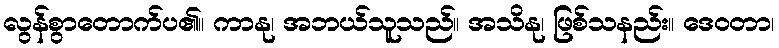
လွန်စွာတောက်ပ၏။ ကာနု၊ အဘယ်သူသည်။ အသိနု၊ ဖြစ်သနည်း။ ဒေဝတာ၊